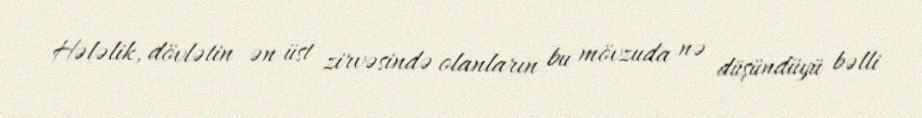
Hələlik, dövlətin ən üst zirvəsində olanların bu mövzuda nə düşündüyü bəlli